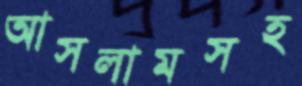
আসলামসহ